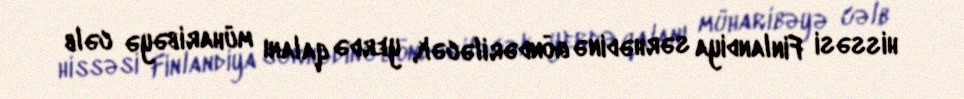
hissəsi Finlandiya sərhədinə göndəriləcək, yerdə qalanı müharibəyə cəlb